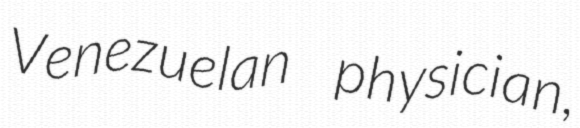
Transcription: Venezuelan physician,